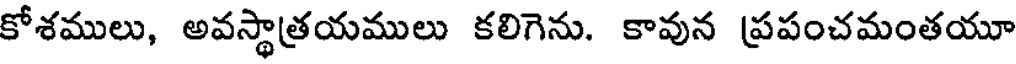
కోశములు, అవస్థాత్రయములు కలిగెను. కావున ప్రపంచమంతయూ